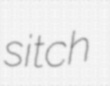
sitch